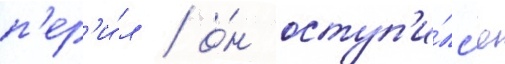
п'ер'и́л / о́н оступ'и́лс'я